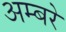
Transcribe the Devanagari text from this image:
अम्बरे